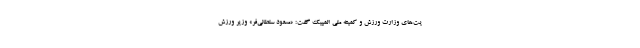
یت‌های وزارت ورزش و کمیته ملی المپیک گفت: «مسعود سلطانی‌فر» وزیر ورزش